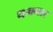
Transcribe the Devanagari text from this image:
धमनार